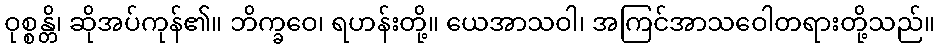
ဝုစ္စန္တိ၊ ဆိုအပ်ကုန်၏။ ဘိက္ခဝေ၊ ရဟန်းတို့။ ယေအာသဝါ၊ အကြင်အာသဝေါတရားတို့သည်။